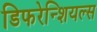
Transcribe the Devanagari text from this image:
डिफरेन्शियल्स